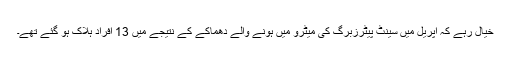
خیال رہے کہ اپریل میں سینٹ پیٹرزبرگ کی میٹرو میں ہونے والے دھماکے کے نتیجے میں 13 افراد ہلاک ہو گئے تھے۔